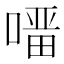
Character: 𭊇